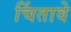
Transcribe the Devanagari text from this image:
चिंतावे